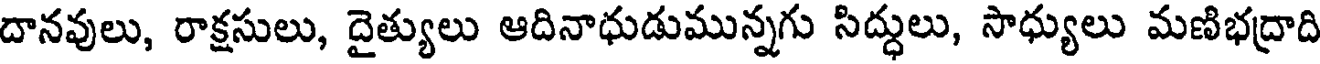
దానవులు, రాక్షసులు, దైత్యులు ఆదినాధుడుమున్నగు సిద్ధులు, సాధ్యులు మణిభద్రాది